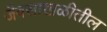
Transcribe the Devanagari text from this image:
जैवसाखळीतील